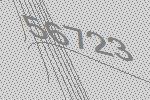
56723